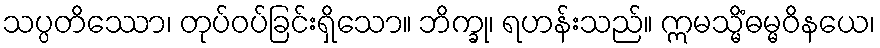
သပ္ပတိဿော၊ တုပ်ဝပ်ခြင်းရှိသော။ ဘိက္ခု၊ ရဟန်းသည်။ ဣမသ္မိံဓမ္မဝိနယေ၊